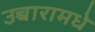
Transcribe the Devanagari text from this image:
उच्चारामधे